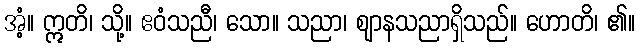
အံ့။ ဣတိ၊ သို့။ ဧဝံသညီ၊ သော။ သညာ၊ ဈာနသညာရှိသည်။ ဟောတိ၊ ၏။